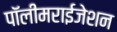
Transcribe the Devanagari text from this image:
पॉलीमराईजेशन